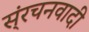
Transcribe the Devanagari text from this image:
स्ंरचनवादी